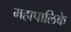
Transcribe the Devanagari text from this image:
महापालिके